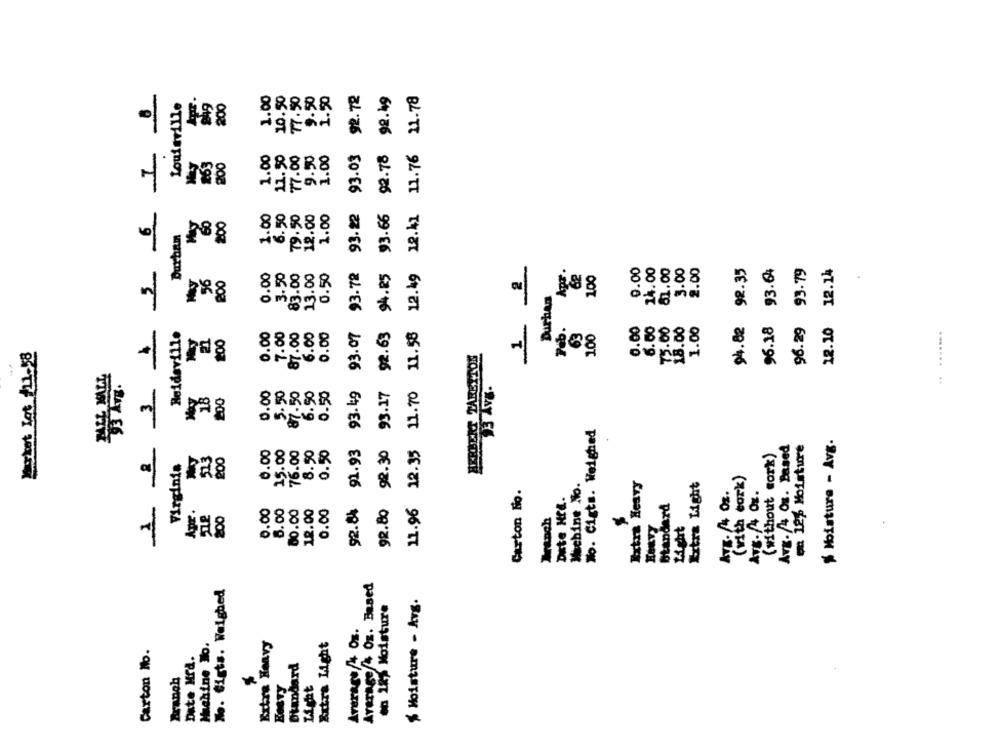
1.00
10.50
77.50
1.50
93.03 92.72
92.30 93.17 92.63 94.25 93.66 92.78 92.49
11.96 12.35 11.70 11.58 12.49 12.41 11.76 11.78
Louisville
200
77.00
9.50
1.00
12.50
1.00
263
200
6
6.50
79.50
1.00
12.00
1.00
93.22
200
Durham
0.00
93.07 93.72
2
9.00
14.00
81.00
3.00
2.00
94.82 92.35
96.18 93.64
96.29 93.79
12.10 12.14
200
.3.50
83.00
13.00
0.50
62
100
56
Durhan
n
6.00
Peb.
0.00
73.00
18.00
1.00
.. .......
Reidsville
200
0.00
7.00
87.00
6.00
0.00
63
100
Market Lot /11.58
HERBERT TARETTON
6.50
93.49
18
0.00
5.50
87.50
0.50
No. Gigts. Weighed
91.93
Moisture - Avg.
0.00
15.00
76.00
Avg./4 Og. Based
en 12% Moisture
523
200
8.50
0.50
(without work)
Virginia
Extra Light
(with cork)
Machine No.
Extra Heavy
Carton Ho.
Dute Ht ..
ATK.4 Oz.
Standard
0.00
5.00
80.00
0.00
92.84
92.80
Apr.
200
12.00
Wrench
Light
Average/4 Oz. Based
No. tigts. Weighed
$ Moisture - Avg.
18 Moisture
Average/4 Oz.
Machine To.
Extra Heavy
Extra Light
Carton Mo.
Date Med.
Standard
Branch
ROSTY
Light